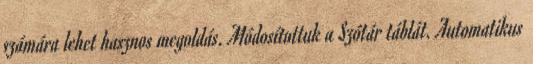
számára lehet hasznos megoldás. Módosítottuk a Szótár táblát. Automatikus